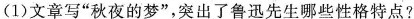
(1)文章写”秋夜的梦”，突出了鲁迅先生哪些性格特点?